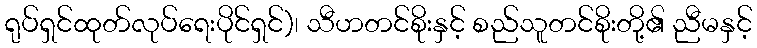
ရုပ်ရှင်ထုတ်လုပ်ရေးပိုင်ရှင်)၊ သီဟတင်စိုးနှင့် စည်သူတင်စိုးတို့၏ ညီမနှင့်